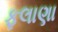
ફલાણા